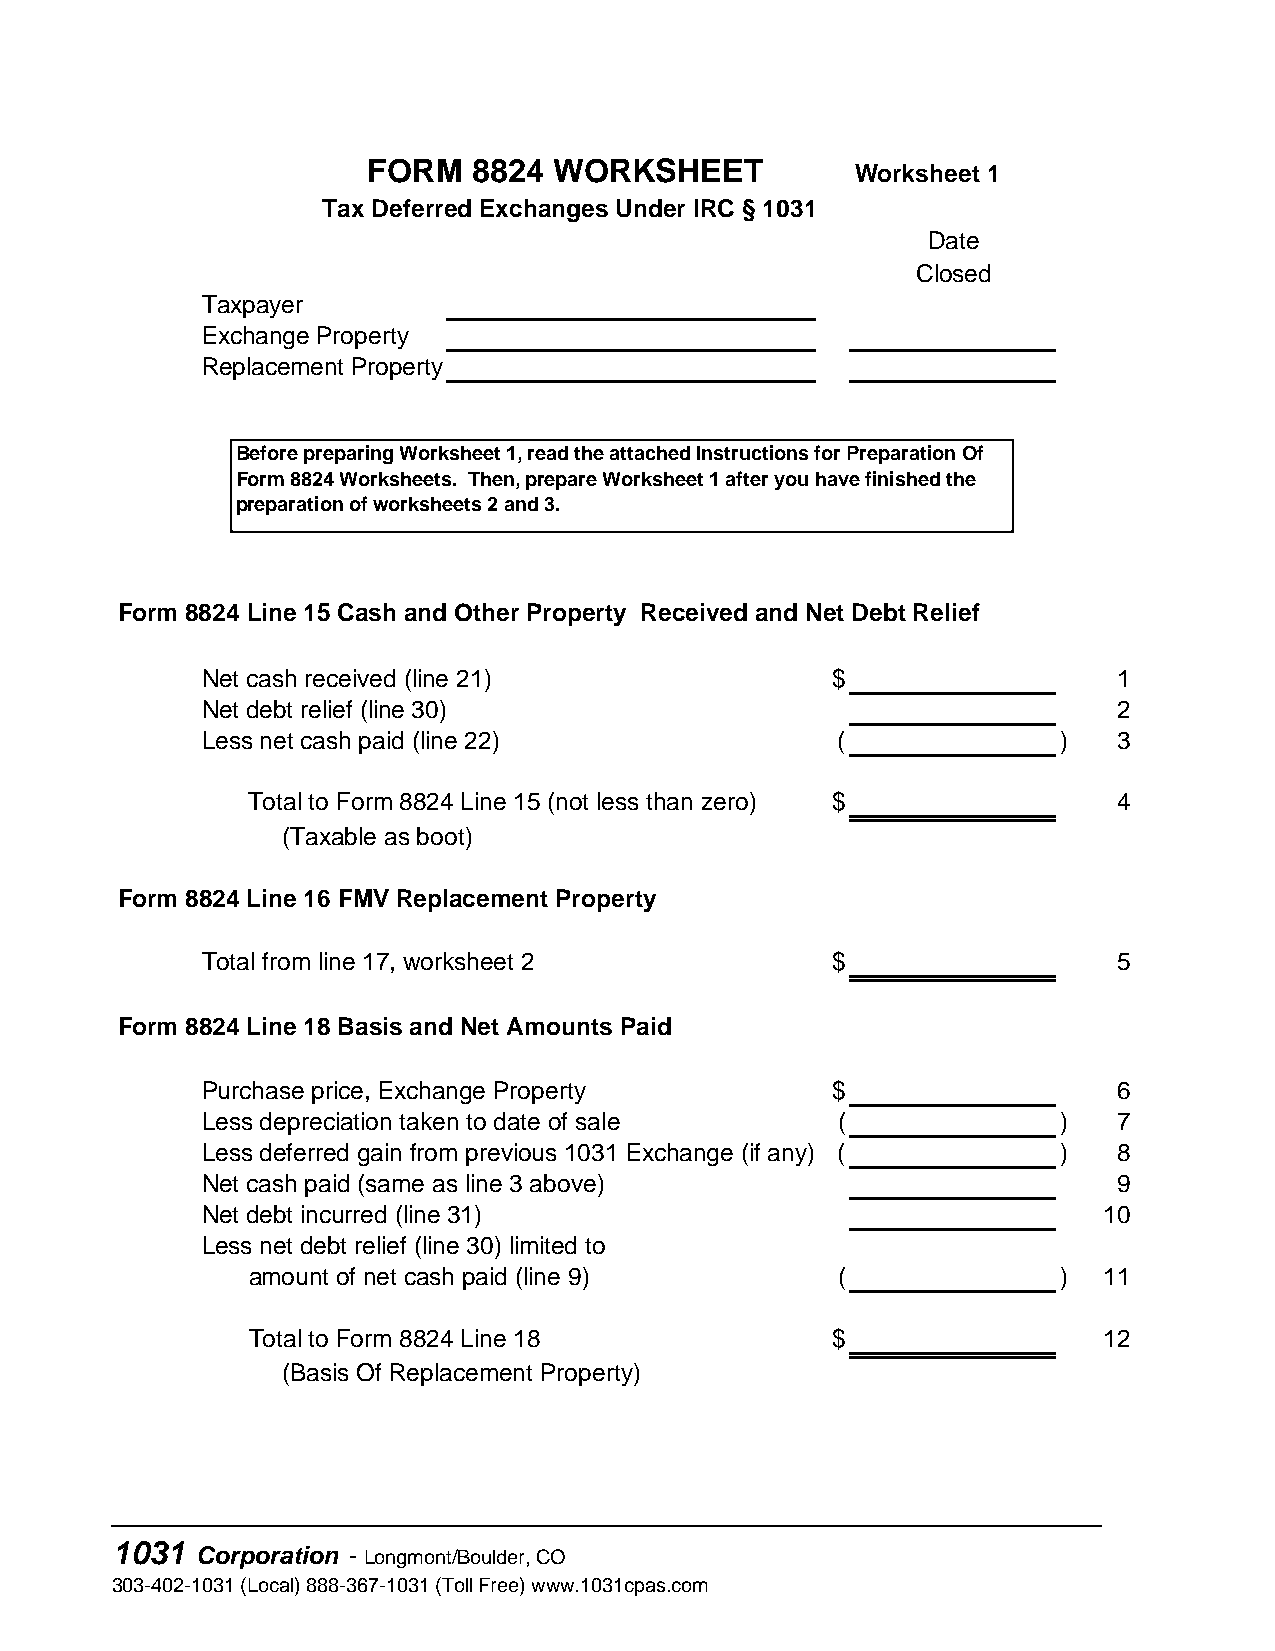
FORM   8824  WORKSHEET
 Worksheet 1
 Tax Deferred Exchanges Under IRC § 1031
 Date
 Closed
 Taxpayer
 Exchange Property
 Replacement Property
 Before preparing Worksheet 1, read the attached Instructions for Preparation Of
 Form 8824 Worksheets. Then, prepare Worksheet 1 after you have finished the
 preparation of worksheets 2 and 3.
 Form 8824 Line 15 Cash and Other Property Received and Net Debt Relief
 Net cash received (line 21)               $                  1
 Net debt relief (line 30)                                    2
 Less net cash paid (line 22)              (              )   3
 Total to Form 8824 Line 15 (not less than zero) $         4
 (Taxable as boot)
 Form 8824 Line 16 FMV Replacement Property
 Total from line 17, worksheet 2           $                  5
 Form 8824 Line 18 Basis and Net Amounts Paid
 Purchase price, Exchange Property         $                  6
 Less depreciation taken to date of sale   (              )   7
 Less deferred gain from previous 1031 Exchange (if any) ( )  8
 Net cash paid (same as line 3 above)                         9
 Net debt incurred (line 31)                                 10
 Less net debt relief (line 30) limited to
 amount of net cash paid (line 9)       (              )  11
 Total to Form 8824 Line 18             $                 12
 (Basis Of Replacement Property)
 _______________________________________________________
 1031
 Corporation - Longmont/Boulder, CO
 303-402-1031 (Local) 888-367-1031 (Toll Free) www.1031cpas.com